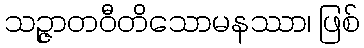
သဉ္ဇာတဝီတိသောမနဿာ၊ ဖြစ်